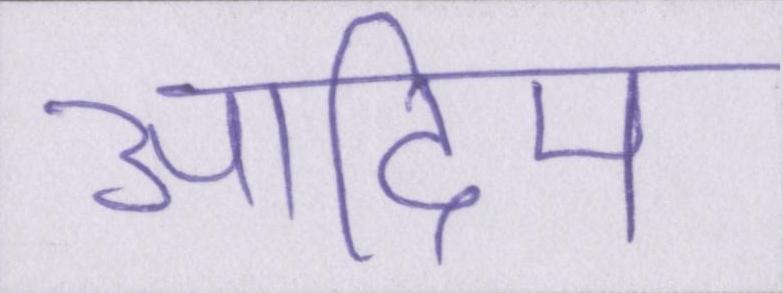
आदिम